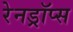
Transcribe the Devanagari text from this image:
रेनड्रॉप्स